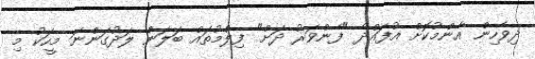
ދިވެހިން އާންމުކޮށް އުފައްދާ "ފެންވަރު ދަށް" ފިލްމުތައް ބަލަން ލަދުގަންނަ މީހަކު މި